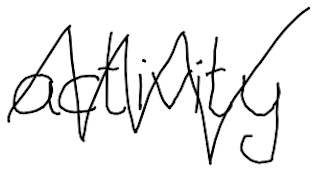
Text: activity
Cross-out: zig-zag
Writing tool: digital_black